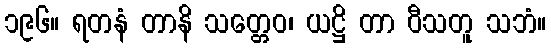
၁၉၆။ ရတနံ တာနိ သတ္တေဝ၊ ယဋ္ဌိ တာ ဝီသတူ သဘံ။